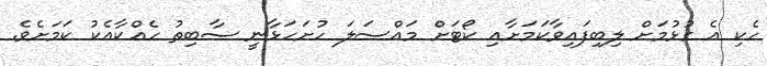
ހެކި އެ ގުޅުމަށް ލިބިފައިވާކަމަށާއި ކޯޓަށް މައްސަލަ ހުށަހަޅާނީ ސާބިތު ހެއްކާއެކު ކަމަށެވެ.